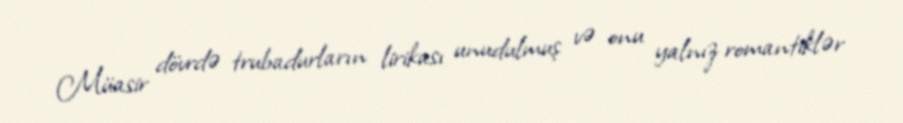
Müasir dövrdə trubadurların lirikası unudulmuş və onu yalnız romantiklər